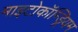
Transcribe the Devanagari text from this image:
माइटोकॉन्ड्रियम